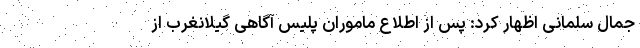
جمال سلمانی اظهار کرد: پس از اطلاع ماموران پلیس آگاهی گیلانغرب از